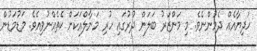
ހަދިޔާއެއް ދެމުންނެވެ. މި މަންޒަރު ބަލަން ދުރުގައި ހުރި މަނާލްއަކަށް ކެތެއްނުވިއެވެ. މަޑުމަޑުން